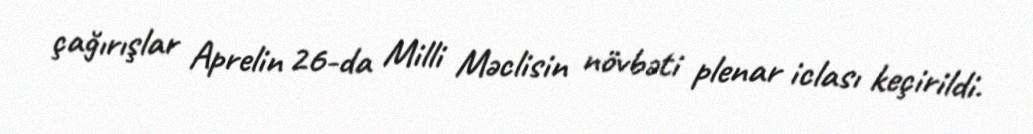
çağırışlar Aprelin 26-da Milli Məclisin növbəti plenar iclası keçirildi.